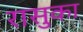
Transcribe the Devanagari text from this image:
रासुका